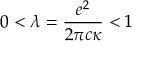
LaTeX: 0 < \lambda = { \frac { e ^ { 2 } } { 2 \pi c \kappa } } < 1